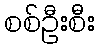
စစ်ဦးစီး